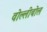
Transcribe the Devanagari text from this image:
वोल्लीबोल